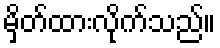
မှိတ်ထားလိုက်သည်။